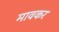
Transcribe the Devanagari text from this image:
मावकर